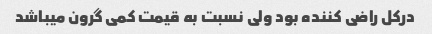
در‌کل راضی کننده بود ولی نسبت به قیمت کمی گرون میباشد